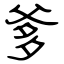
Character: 爹